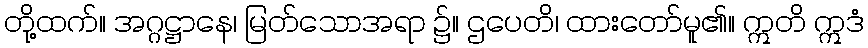
တို့ထက်။ အဂ္ဂဋ္ဌာနေ၊ မြတ်သောအရာ ၌။ ဌပေတိ၊ ထားတော်မူ၏။ ဣတိ ဣဒံ